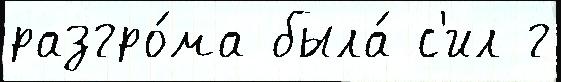
разгро́ма была́ с'ил г